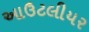
આઉટલીયર